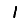
Digit: 1